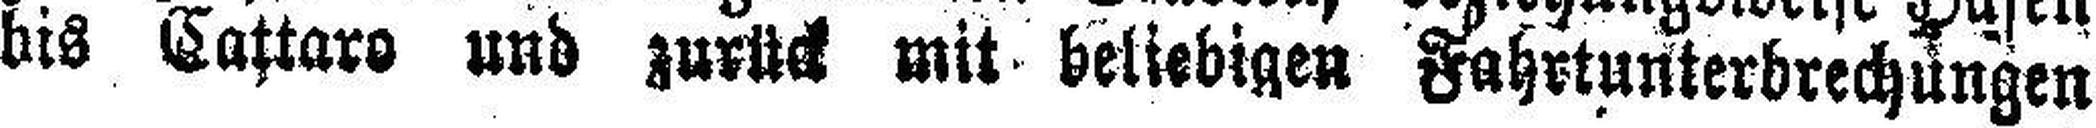
bis Cattaro und zurück mit beliebigen Fahrtunterbrechungen